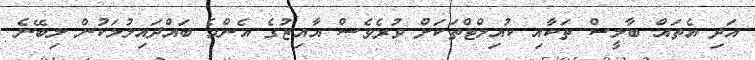
އަދި އެތައް ބާލީސް ތަކާއި ކުއިލްޓްތަކަށް ވުރެވެސް އާއިޒުގެ އެންމެ ބައްދައިލުމަކުން ލިބޭނެ